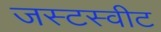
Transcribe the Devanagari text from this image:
जस्टस्वीट